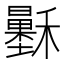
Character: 𥣷